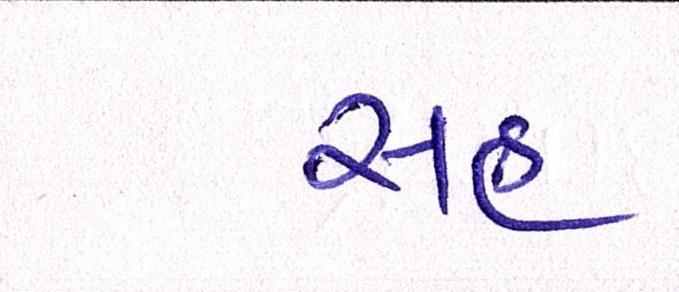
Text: સહુ